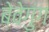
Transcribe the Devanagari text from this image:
बेवेगुंग